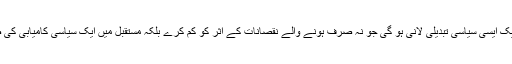
بلاول کو ایک ایسی سیاسی تبدیلی لانی ہو گی جو نہ صرف ہونے والے نقصانات کے اثر کو کم کرے بلکہ مستقبل میں ایک سیاسی کامیابی کی ضمانت ہو۔